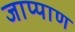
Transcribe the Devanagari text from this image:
जाप्पाण